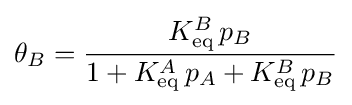
\theta _{B}={\frac {K_{\text{eq}}^{B}\,p_{B}}{1+K_{\text{eq}}^{A}\,p_{A}+K_{\text{eq}}^{B}\,p_{B}}}